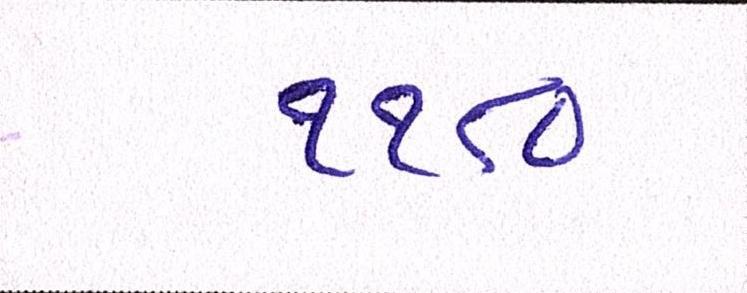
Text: ૧૧૮૦